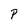
Character: p